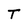
Character: T